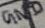
Text: GND